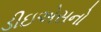
ડીઇએસનો